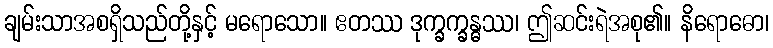
ချမ်းသာအစရှိသည်တို့နှင့် မရောသော။ ဧတဿ ဒုက္ခက္ခန္ဓဿ၊ ဤဆင်းရဲအစု၏။ နိရောဓော၊